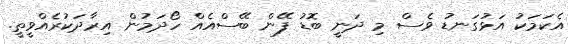
އެކަމަކު އަޅުގަނޑު ވެސް މި ދަނީ ބޮޑު ފޭން ބޭސްއެއް ހޯދަމުން އިރާދަކުރެއްވީތީ.